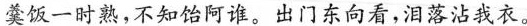
羹饭一时熟，不知饴阿谁。出门东向看，泪落沾我衣。